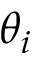
\theta _ { i }